Indian journal of veterinary science and animal husbandry - Volumes 24-25, 1954-1955
Year: 1954
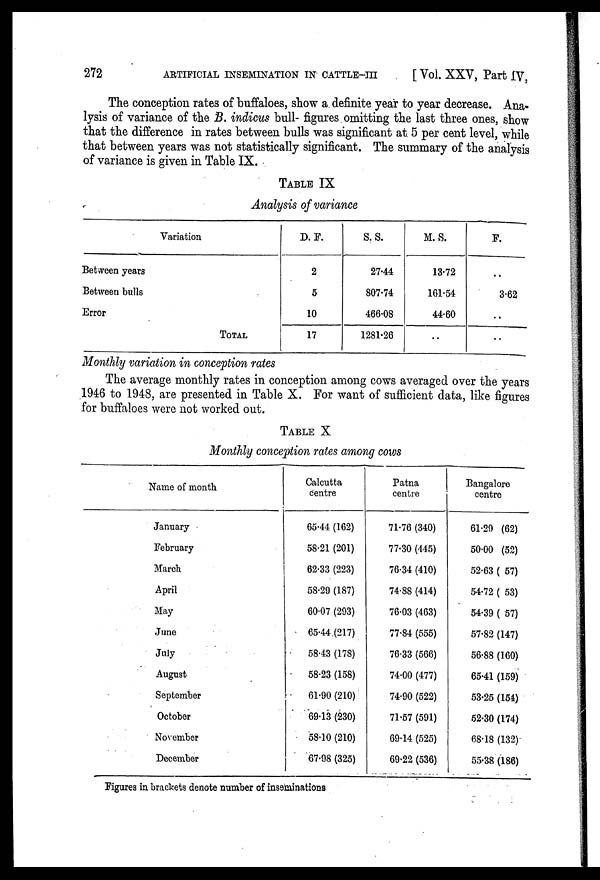
272
ARTIFICIAL INSEMINATION IN CATTLE-III
[Vol. XXV, Part IV,
The conception rates of buffaloes, show a definite year to year decrease. Ana-
lysis of variance of the B. indicus bull- figures omitting the last three ones, show
that the difference in rates between bulls was significant at. 5 per cent level, while
that between years was not statistically significant. The summary of the analysis
of variance is given in Table IX.
TABLE IX
Analysis of variance
Variation
Between years
Between bulls
Error
TOTAL
D. F.
2
5
10
17
S. S.
27.44
807.74
466.08
1281.26
M. 8.
13.72
161.54
44.60
..
P.
..
3.62
..
..
Monthly variation in conception rates
The average monthly rates in conception among cows averaged over the years
1946 to 1948, are presented in Table X. For want of sufficient data, like figures
for buffaloes were not worked out.
TABLE X
Monthly conception rates among cows
Name of month
January
February
March
April
May
June
July
August
September
October
November
December
Calcutta
centre
65.44 (162)
58.21 (201)
62.33 (223)
58.29 (187)
60.07 (293)
65.44 (217)
58.43 (178)
58.23 (158)
61.90 (210)
69.13 (230)
58.10 (210)
67.98 (325)
Patna
centre
71.76 (340)
77.30 (445)
76.34 (410)
74.88 (414)
76.03 (463)
77.84 (555)
76.33 (566)
74.00 (477)
74.90 (522)
71.57 (591)
69.14 (525)
69.22 (536)
Bangalore
centre
61.29 (62)
50.00 (52)
52.63 ( 57)
54.72 ( 53)
54.39 ( 57)
57.82 (147)
56.88 (160)
65.41 (159)
53.25 (154)
52.30 (174)
68.18 (132)
55.38 (186)
Figures in brackets denote number of inseminations